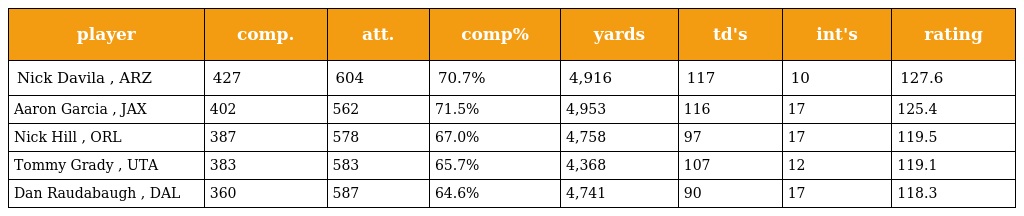
| player | comp. | att. | comp% | yards | td's | int's | rating |
 | --- | --- | --- | --- | --- | --- | --- | --- |
 | Nick Davila , ARZ | 427 | 604 | 70.7% | 4,916 | 117 | 10 | 127.6 |
 | Aaron Garcia , JAX | 402 | 562 | 71.5% | 4,953 | 116 | 17 | 125.4 |
 | Nick Hill , ORL | 387 | 578 | 67.0% | 4,758 | 97 | 17 | 119.5 |
 | Tommy Grady , UTA | 383 | 583 | 65.7% | 4,368 | 107 | 12 | 119.1 |
 | Dan Raudabaugh , DAL | 360 | 587 | 64.6% | 4,741 | 90 | 17 | 118.3 |